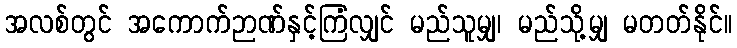
အလစ်တွင် အကောက်ဉာဏ်နှင့်ကြံလျှင် မည်သူမျှ၊ မည်သို့မျှ မတတ်နိုင်။